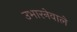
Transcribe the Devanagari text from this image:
उभारनेवाले